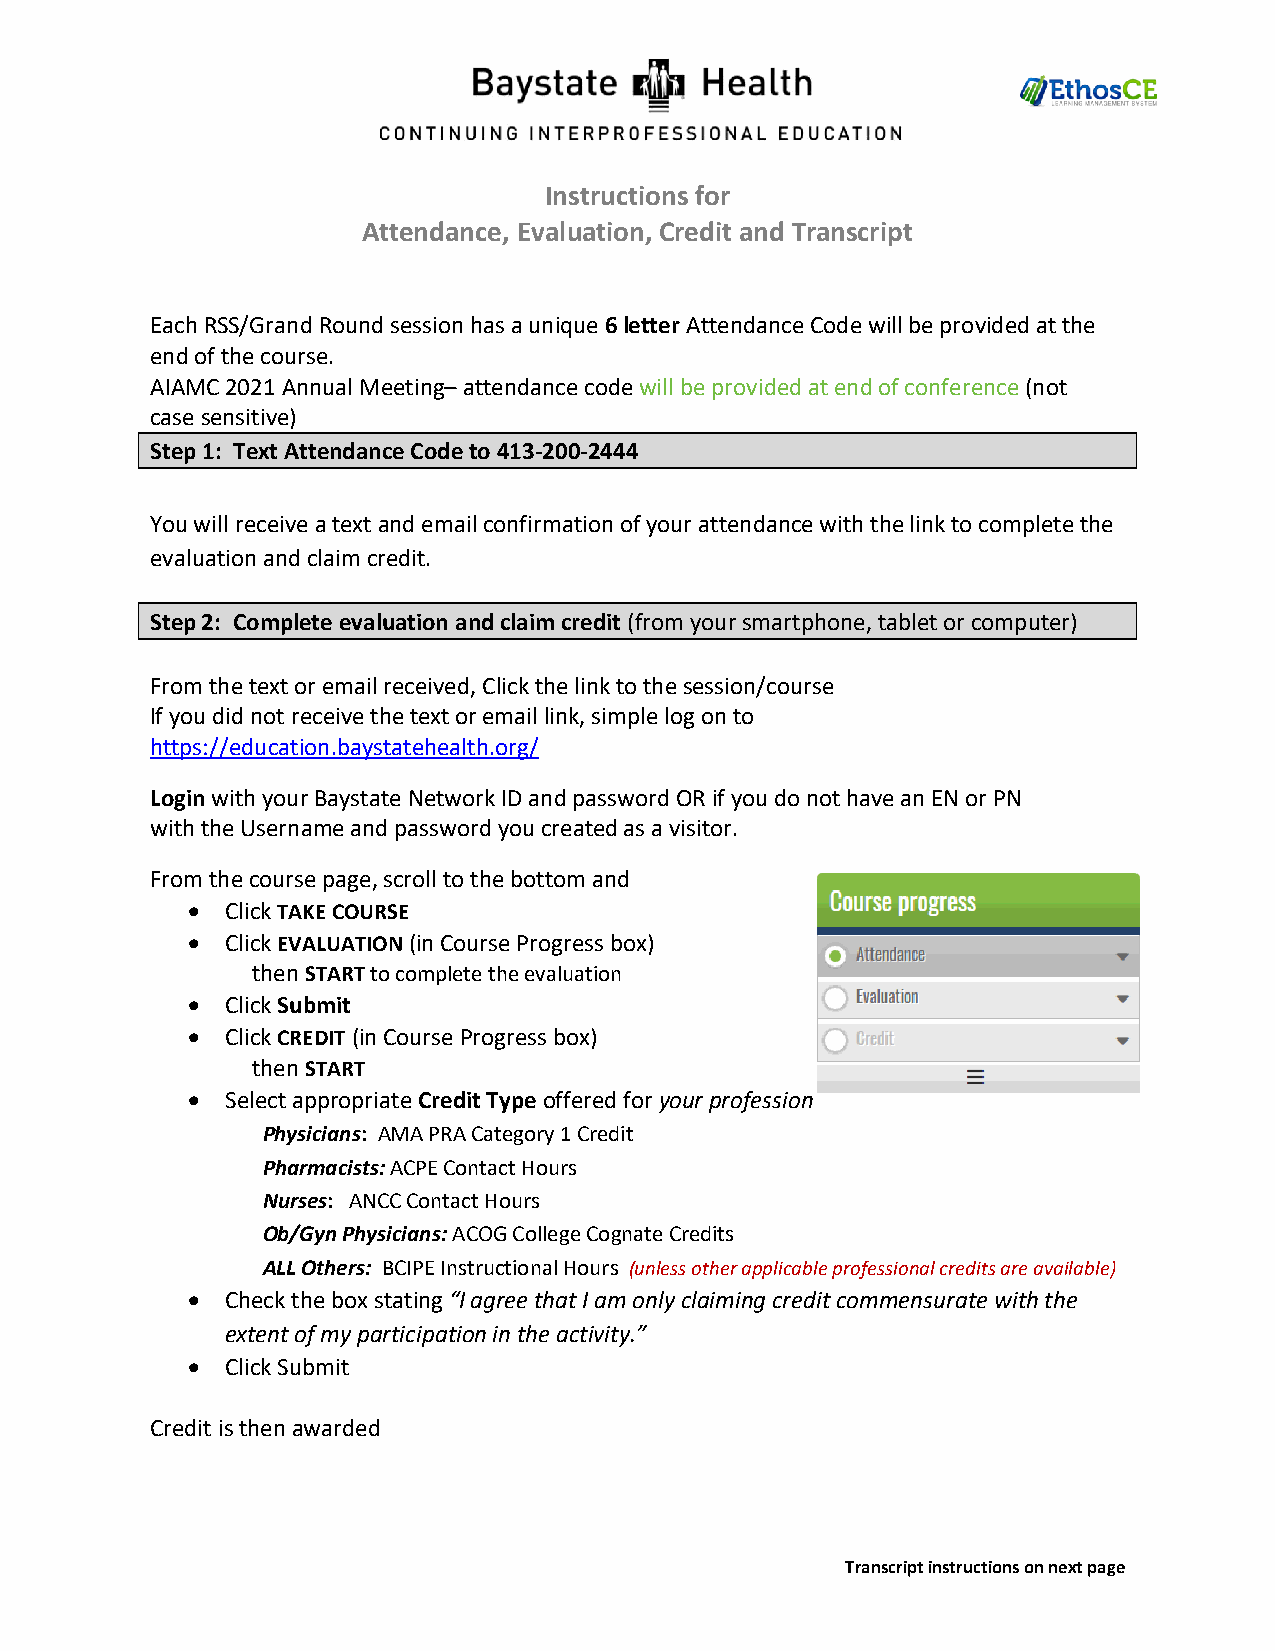
Instructions for
 Attendance, Evaluation, Credit and Transcript
 Each RSS/Grand Round session has a unique 6 letter Attendance Code will be provided at the
 end of the course.
 AIAMC 2021 Annual Meeting– attendance code will be provided at end of conference (not
 case sensitive)
 Step 1: Text Attendance Code to 413-200-2444
 You will receive a text and email confirmation of your attendance with the link to complete the
 evaluation and claim credit.
 Step 2: Complete evaluation and claim credit (from your smartphone, tablet or computer)
 From the text or email received, Click the link to the session/course
 If you did not receive the text or email link, simple log on to
 https://education.baystatehealth.org/
 Login with your Baystate Network ID and password OR if you do not have an EN or PN
 with the Username and password you created as a visitor.
 From the course page, scroll to the bottom and
 •  Click TAKE COURSE
 •  Click EVALUATION (in Course Progress box)
 then START to complete the evaluation
 •  Click Submit
 •  Click CREDIT (in Course Progress box)
 then START
 •  Select appropriate Credit Type offered for your profession
 Physicians: AMA PRA Category 1 Credit
 Pharmacists: ACPE Contact Hours
 Nurses: ANCC Contact Hours
 Ob/Gyn Physicians: ACOG College Cognate Credits
 ALL Others: BCIPE Instructional Hours (unless other applicable professional credits are available)
 •  Check the box stating “I agree that I am only claiming credit commensurate with the
 extent of my participation in the activity.”
 •  Click Submit
 Credit is then awarded
 Transcript instructions on next page